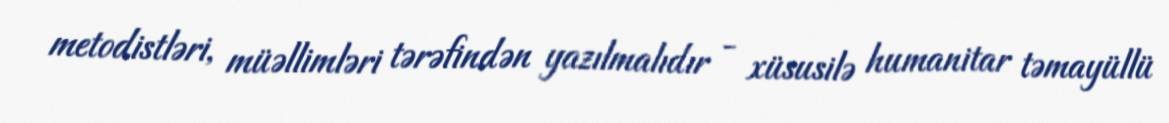
metodistləri, müəllimləri tərəfindən yazılmalıdır - xüsusilə humanitar təmayüllü